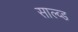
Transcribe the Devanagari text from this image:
साल्व्ड